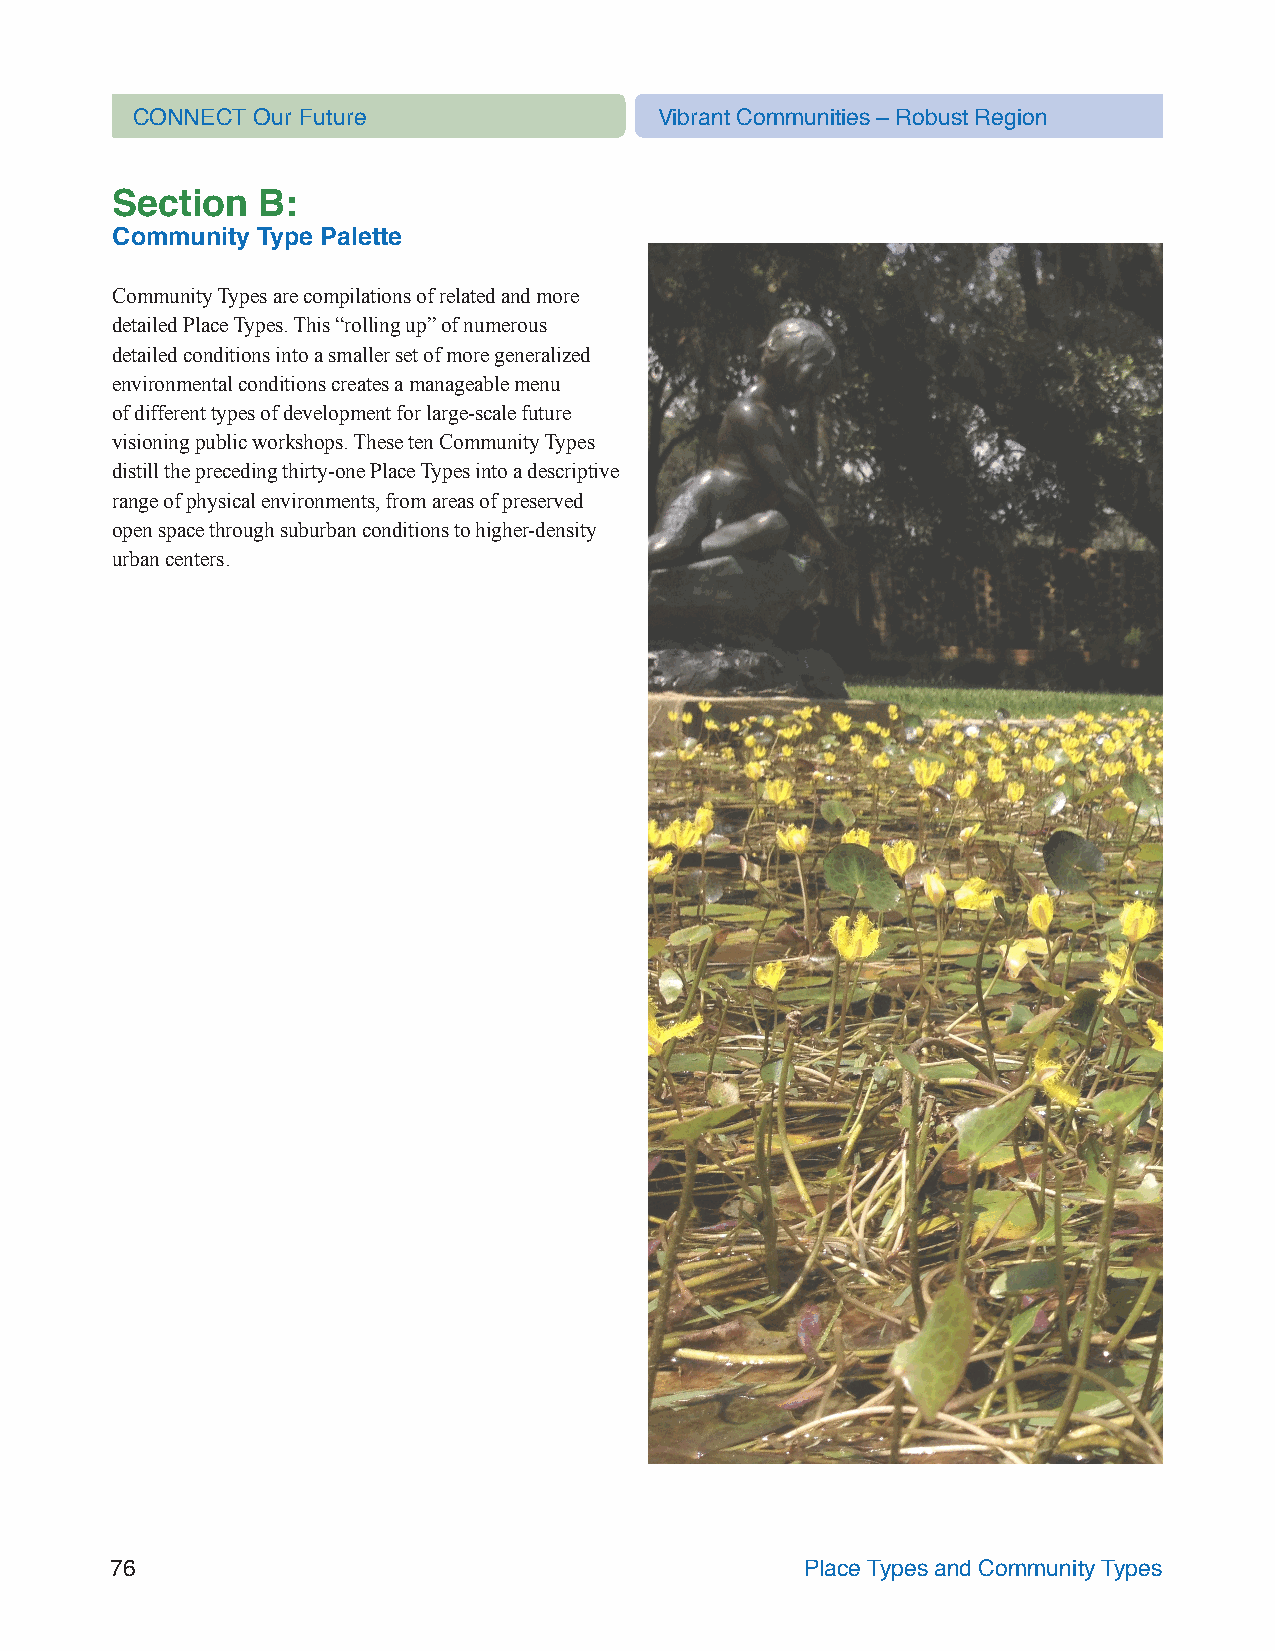
CONNECT Our Future                 Vibrant Communities – Robust Region
 Section   B:
 Community Type Palette
 Community Types are compilations of related and more
 detailed Place Types. This “rolling up” of numerous
 detailed conditions into a smaller set of more generalized
 environmental conditions creates a manageable menu
 of different types of development for large-scale future
 visioning public workshops. These ten Community Types
 distill the preceding thirty-one Place Types into a descriptive
 range of physical environments, from areas of preserved
 open space through suburban conditions to higher-density
 urban centers.
 76                                            Place Types and Community Types